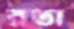
রতা